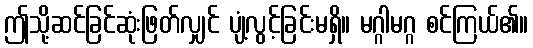
ဤသို့ဆင်ခြင်ဆုံးဖြတ်လျှင် ပျံ့လွင့်ခြင်းမရှိ။ မဂ္ဂါမဂ္ဂ စင်ကြယ်၏။